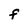
Character: F